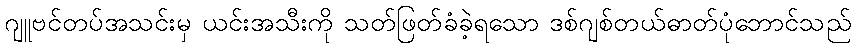
ဂျူဗင်တပ်အသင်းမှ ယင်းအသီးကို သတ်ဖြတ်ခံခဲ့ရသော ဒစ်ဂျစ်တယ်ဓာတ်ပုံဘောင်သည်